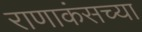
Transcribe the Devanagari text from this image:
राणाकंसच्या